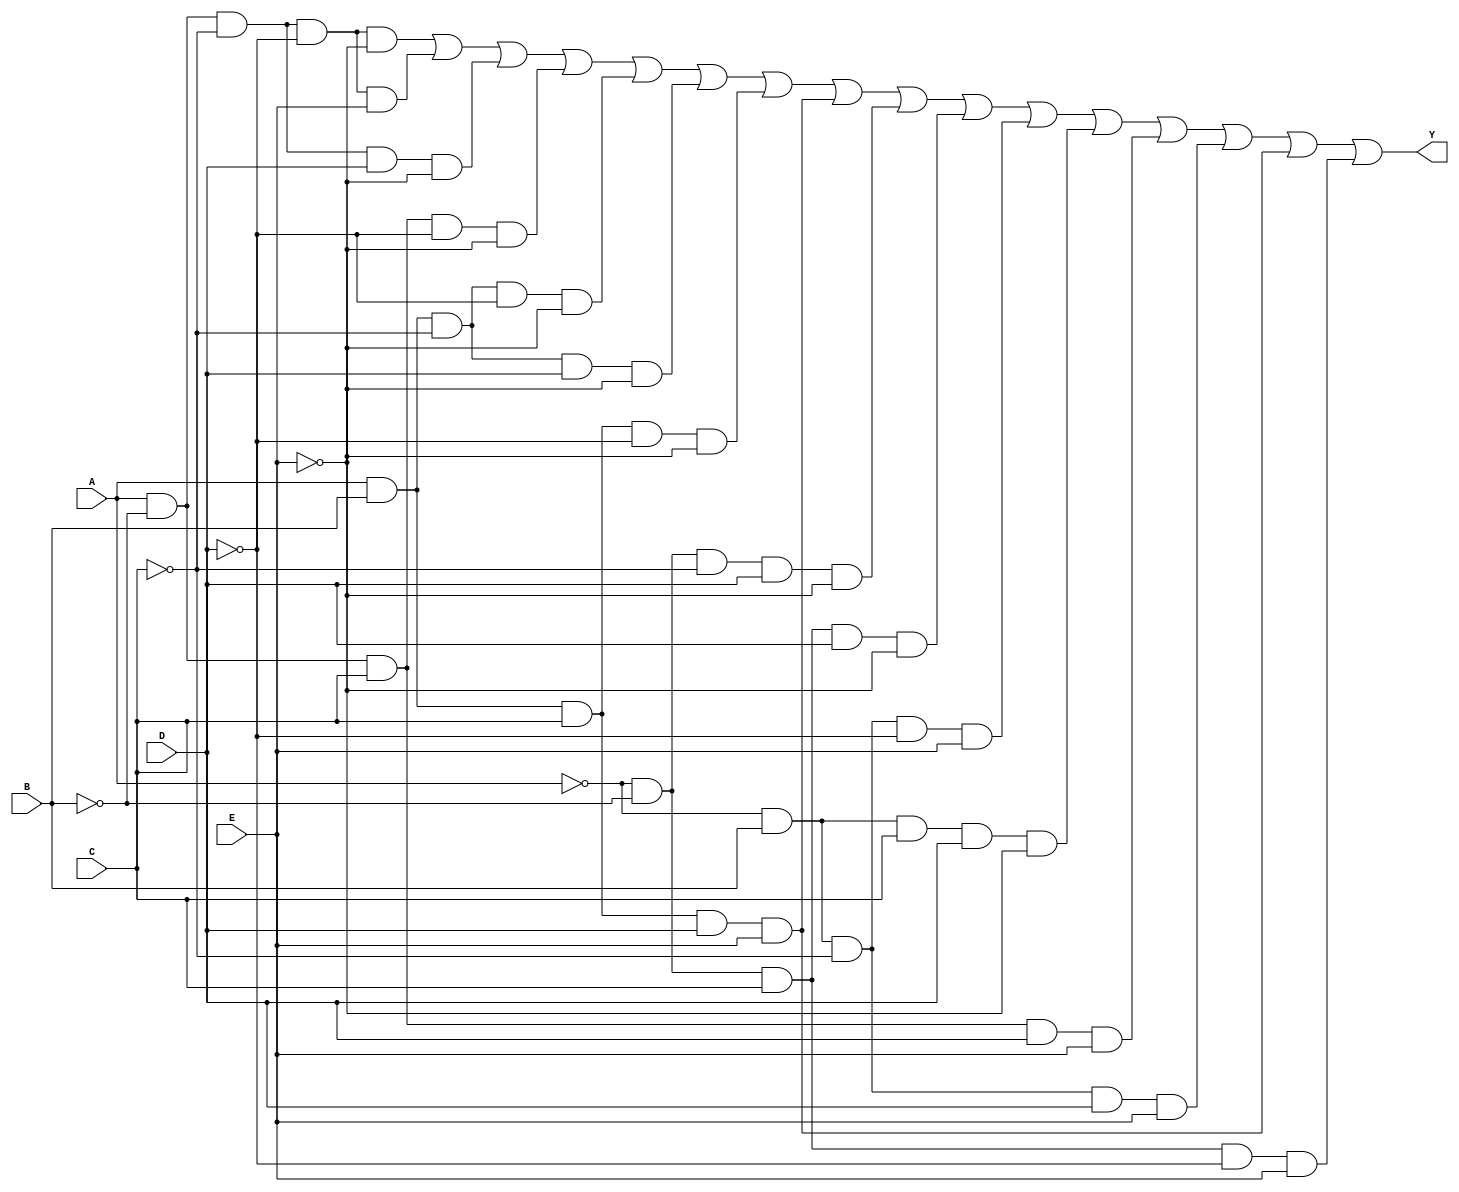
module kmap_5var (
    input wire A,  // Input variable A
    input wire B,  // Input variable B
    input wire C,  // Input variable C
    input wire D,  // Input variable D
    input wire E,  // Input variable E
    output wire Y  // Output Y
);

// Define the K-map output based on the minterms
// The following minterms are assumed based on a hypothetical K-map grouping.
// You can modify the minterms according to your specific K-map requirements.

assign Y = (A & ~B & ~C & ~D & ~E) |  // m0
           (A & ~B & ~C & ~D & E)  |  // m1
           (A & ~B & ~C & D & ~E)  |  // m2
           (A & ~B & C & ~D & ~E)   | // m3
           (A & B & ~C & ~D & ~E)   | // m4
           (A & B & ~C & D & ~E)    | // m5
           (A & B & C & ~D & ~E)    | // m6
           (A & B & C & D & E)      | // m7
           (~A & ~B & ~C & D & ~E)  | // m8
           (~A & ~B & C & D & ~E)   | // m9
           (~A & B & ~C & ~D & E)   | // m10
           (~A & B & C & D & ~E)    | // m11
           (A & ~B & C & D & E)      | // m12
           (~A & B & ~C & D & E)     | // m13
           (A & B & C & D & E)       | // m14
           (~A & ~B & C & ~D & E);   // m15
           // Add more minterms as necessary based on your K-map

endmodule